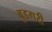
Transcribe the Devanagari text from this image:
बुडगरी